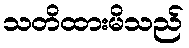
သတိထားမိသည်